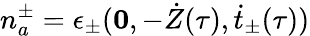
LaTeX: n_{a}^{\pm}=\epsilon_{\pm}({\mathbf 0},-\dot{Z}(\tau),\dot{t}_{\pm}(\tau))